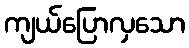
ကျယ်ပြောလှသော